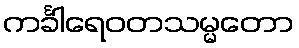
ကင်္ခါရေဝတသမ္မတော